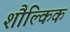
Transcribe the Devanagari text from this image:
शौल्किक